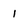
Character: 1